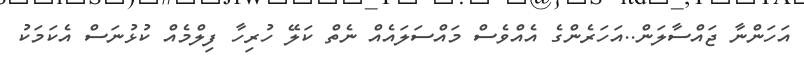
އަހަންނާ ޖައްސާލަން..އަހަރެންގެ އެއްވެސް މައްސަލައެއް ނެތް ކަލޭ ހުރިހާ ފިލްމެއް ކުޅުނަސް އެކަމަކު